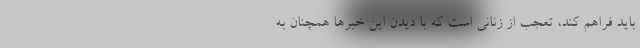
باید فراهم کند، تعجب از زنانی است که با دیدن این خبرها همچنان به